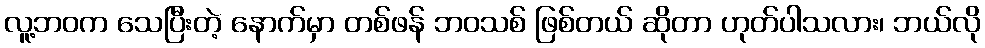
လူ့ဘဝက သေပြီးတဲ့ နောက်မှာ တစ်ဖန် ဘဝသစ် ဖြစ်တယ် ဆိုတာ ဟုတ်ပါသလား၊ ဘယ်လို